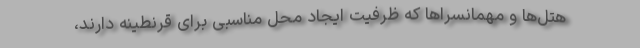
هتل‌ها و مهمانسراها که ظرفیت ایجاد محل مناسبی برای قرنطینه دارند،